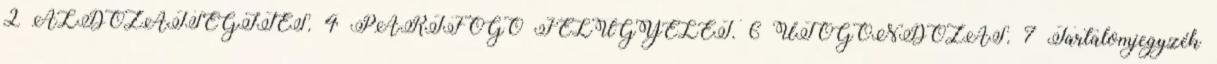
2 ÁLDOZATSEGÍTÉS. 4 PÁRTFOGÓ FELÜGYELET. 6 UTÓGONDOZÁS. 7 Tartalomjegyzék